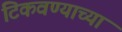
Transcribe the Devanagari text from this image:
टिकवण्याच्या